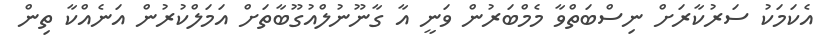
އެކަމަކު ސަރުކާރަށް ނިސްބަތްވާ މެމްބަރުން ވަނީ އާ ގާނޫނުލްއުގޫބާތަށް އަމަލްކުރުން އަނެއްކާ ތިން